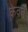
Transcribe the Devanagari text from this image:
केवर्त